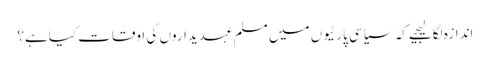
اندازہ لگالیجیے کہ سیاسی پارٹیوں میں مسلم عہدیداروں کی اوقات کیاہے؟